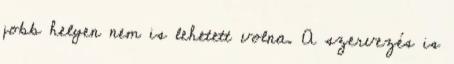
jobb helyen nem is lehetett volna. A szervezés is